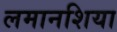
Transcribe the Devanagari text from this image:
लमानशिया